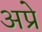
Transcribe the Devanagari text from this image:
अप्रे